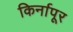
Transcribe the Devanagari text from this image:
किर्नापूर